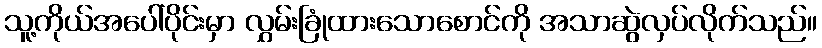
သူ့ကိုယ်အပေါ်ပိုင်းမှာ လွှမ်းခြုံထားသောစောင်ကို အသာဆွဲလှပ်လိုက်သည်။